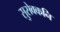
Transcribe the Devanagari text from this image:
सुसेवकनि